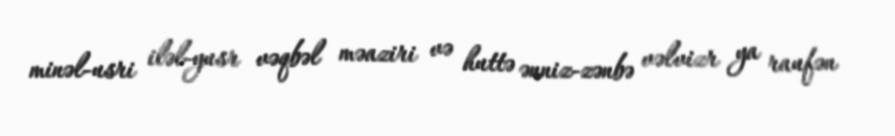
minəl-usri iləl-yusr vəqbəl məaziri və huttə ənniz-zənbə vəlvizr ya raufən